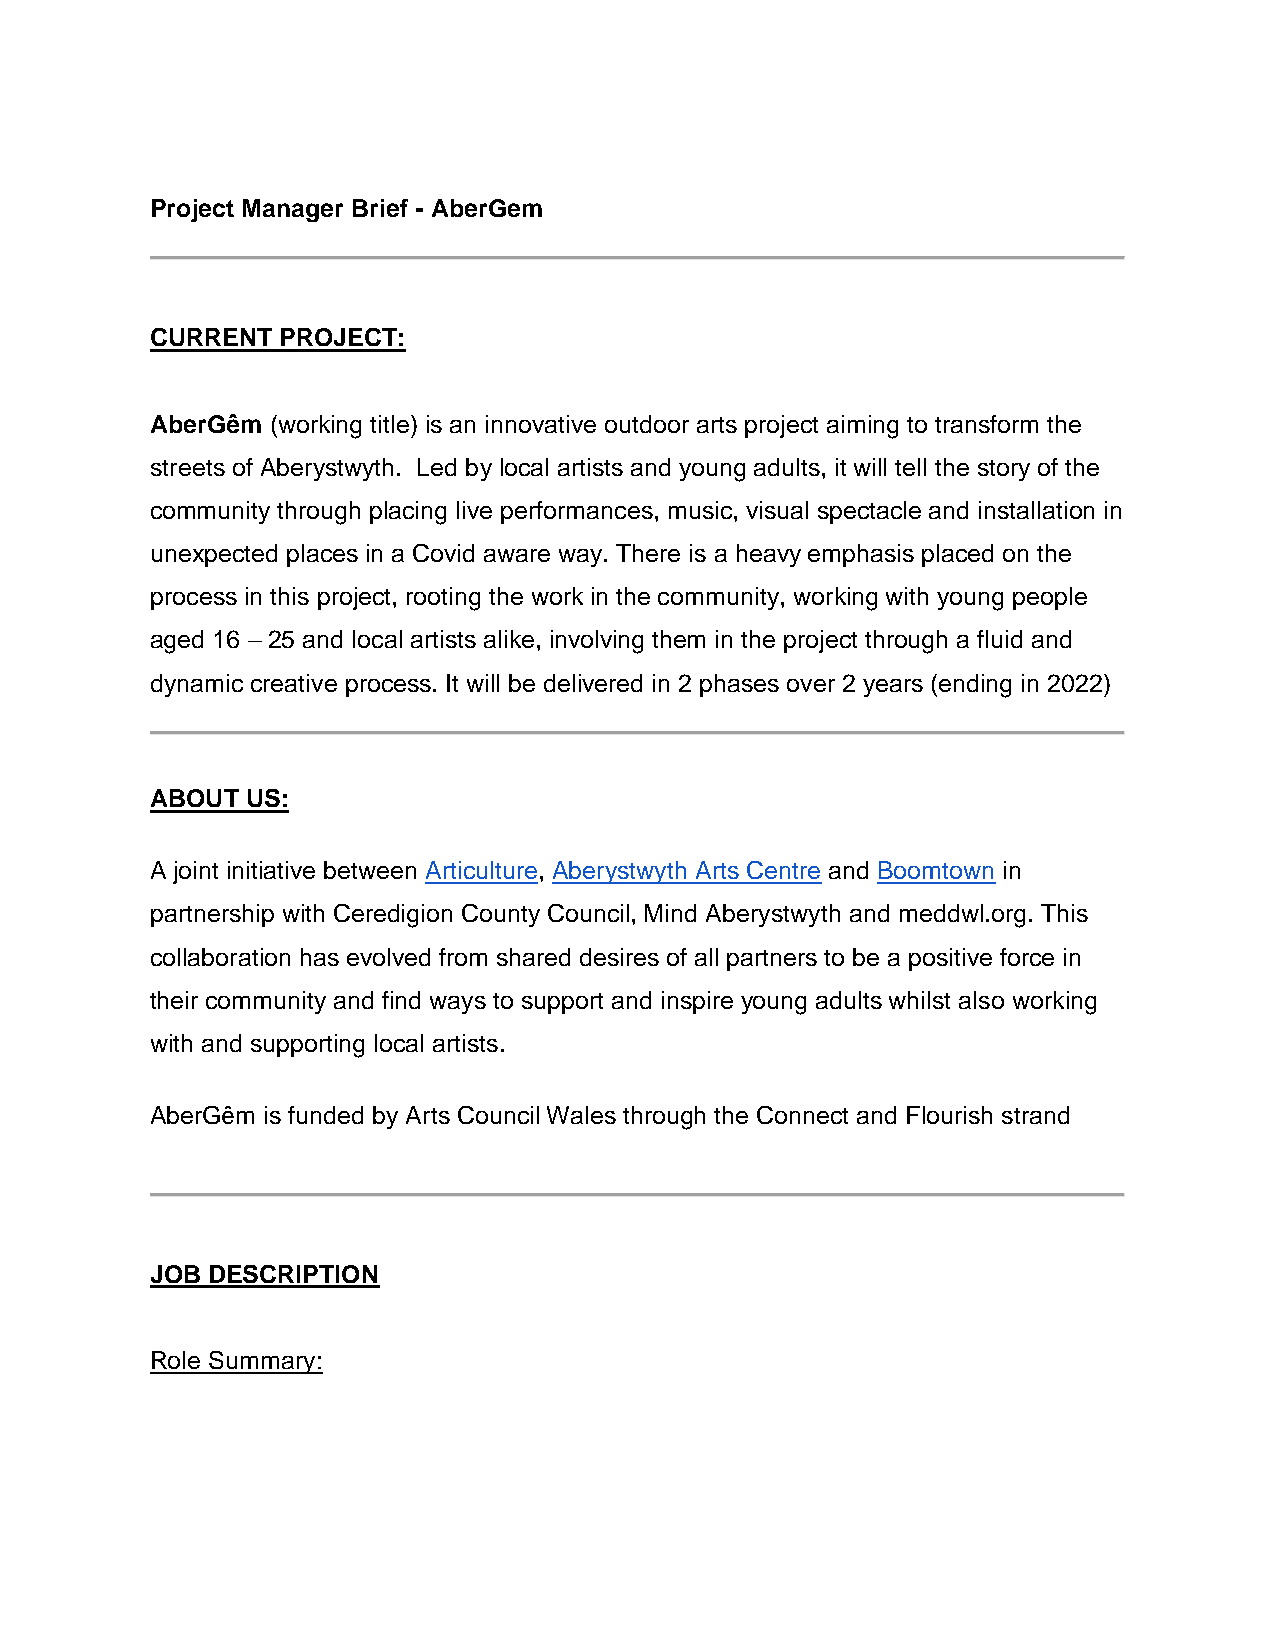
Project Manager Brief - AberGem
 CURRENT PROJECT:
 AberGêm (working title) is an innovative outdoor arts project aiming to transform the
 streets of Aberystwyth. Led by local artists and young adults, it will tell the story of the
 community through placing live performances, music, visual spectacle and installation in
 unexpected places in a Covid aware way. There is a heavy emphasis placed on the
 process in this project, rooting the work in the community, working with young people
 aged 16 – 25 and local artists alike, involving them in the project through a fluid and
 dynamic creative process. It will be delivered in 2 phases over 2 years (ending in 2022)
 ABOUT US:
 A joint initiative between Articulture, Aberystwyth Arts Centre and Boomtown in
 partnership with Ceredigion County Council, Mind Aberystwyth and meddwl.org. This
 collaboration has evolved from shared desires of all partners to be a positive force in
 their community and find ways to support and inspire young adults whilst also working
 with and supporting local artists.
 AberGêm is funded by Arts Council Wales through the Connect and Flourish strand
 JOB DESCRIPTION
 Role Summary: